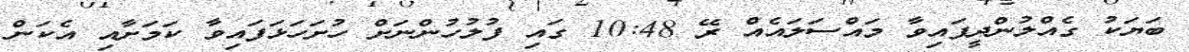
ބަޔަކު ގެއްލުންދީފައިވާ މައްސަލައެއް ރޭ 10:48 ގައި ފުލުހުންނަށް ހުށަހަޅަފައިވާ ކަމަށާއި އެކަން